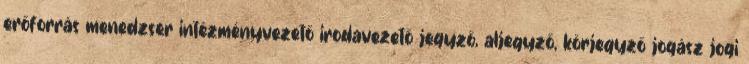
erőforrás menedzser intézményvezető irodavezető jegyző, aljegyző, körjegyző jogász jogi